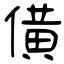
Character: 僙